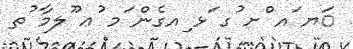
ަޔ ައ ްށ ުގ ަޅ ިއގެން ަމ ުޢ ޫލމާ ުތ